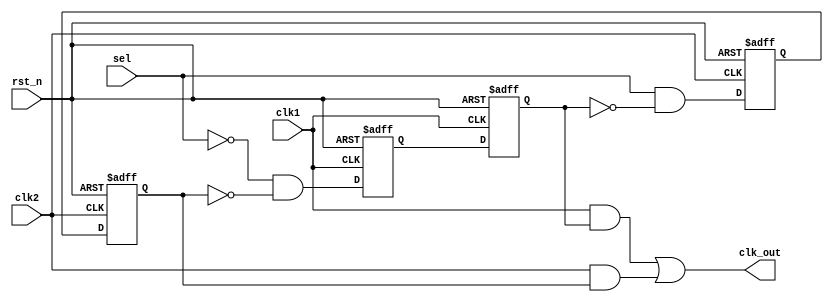
module glitch_free_clock_mux(

    input clk1,
    input clk2,
    input sel,
    input rst_n,
    output clk_out  

    );
    
 //Registers
 reg r_clk2_ff1;   
 reg r_clk2_ff2;  
 reg r_clk1_ff1;  
 reg r_clk1_ff2;
 
 //wires
 wire i_and1;  
 wire i_and2;  
 wire o_and1;  
 wire o_and2;  
 
 // and login input side
 
 assign i_and1 = (!sel) & (!r_clk2_ff2);
 assign i_and2 = (sel)  & (!r_clk1_ff2);
 
 // and logic output side
 assign o_and1 = clk1 & r_clk1_ff2 ;
 assign o_and2 = clk2 & r_clk2_ff2 ;
 
 
 // output logic
 
 assign clk_out = o_and1 || o_and2 ;
 
 
 //sync clk1
 always @(posedge clk1 or negedge rst_n) begin
    if(!rst_n) begin
    r_clk1_ff1 <= 1'b0;
    r_clk1_ff2 <= 1'b0;
    end
    
    else begin
    r_clk1_ff1 <= i_and1;
    r_clk1_ff2 <= r_clk1_ff1;
    end
  
 end
    
  //sync clk2
 always @(posedge clk2 or negedge rst_n) begin
    if(!rst_n) begin
    r_clk2_ff1 <= 1'b0;
    r_clk2_ff2 <= 1'b0;
    end
    
    else begin
    r_clk2_ff1 <= i_and2;
    r_clk2_ff2 <= r_clk2_ff1;
    end
  
 end
           
endmodule